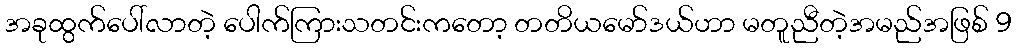
အခုထွက်ပေါ်လာတဲ့ ပေါက်ကြားသတင်းကတော့ တတိယမော်ဒယ်ဟာ မတူညီတဲ့အမည်အဖြစ် 9